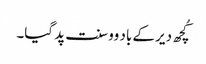
کُچھ دیر کے باد وو سنت پد گیا۔